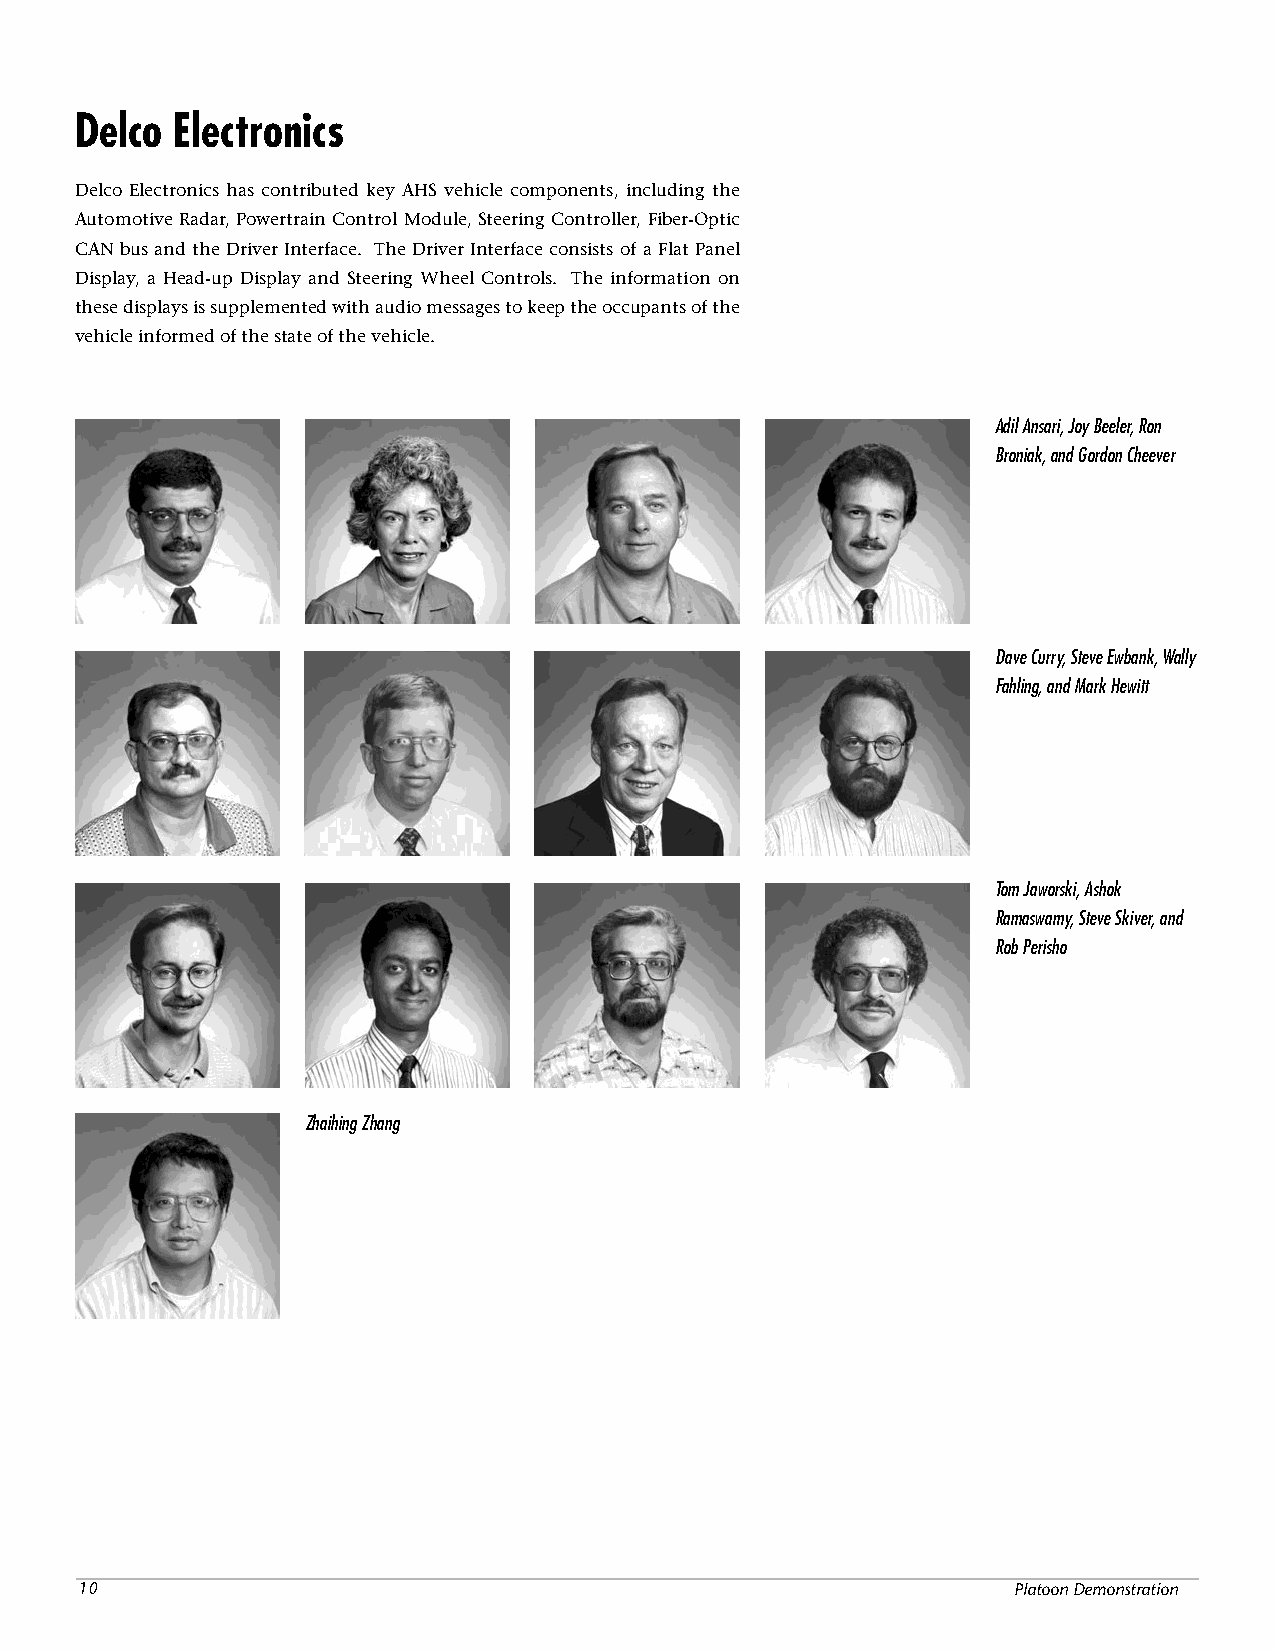
Delco Electronics
 Delco Electronics has contributed key AHS vehicle components, including the
 Automotive Radar, Powertrain Control Module, Steering Controller, Fiber-Optic
 CAN bus and the Driver Interface. The Driver Interface consists of a Flat Panel
 Display, a Head-up Display and Steering Wheel Controls. The information on
 these displays is supplemented with audio messages to keep the occupants of the
 vehicle informed of the state of the vehicle.
 Adil Ansari, Joy Beeler, Ron
 Broniak, and Gordon Cheever
 Dave Curry, Steve Ewbank, Wally
 Fahling, and Mark Hewitt
 Tom Jaworski, Ashok
 Ramaswamy, Steve Skiver, and
 Rob Perisho
 Zhaihing Zhang
 0                                                            Platoon Demonstration